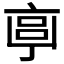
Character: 𠅠